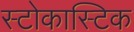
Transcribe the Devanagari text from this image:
स्टोकास्टिक